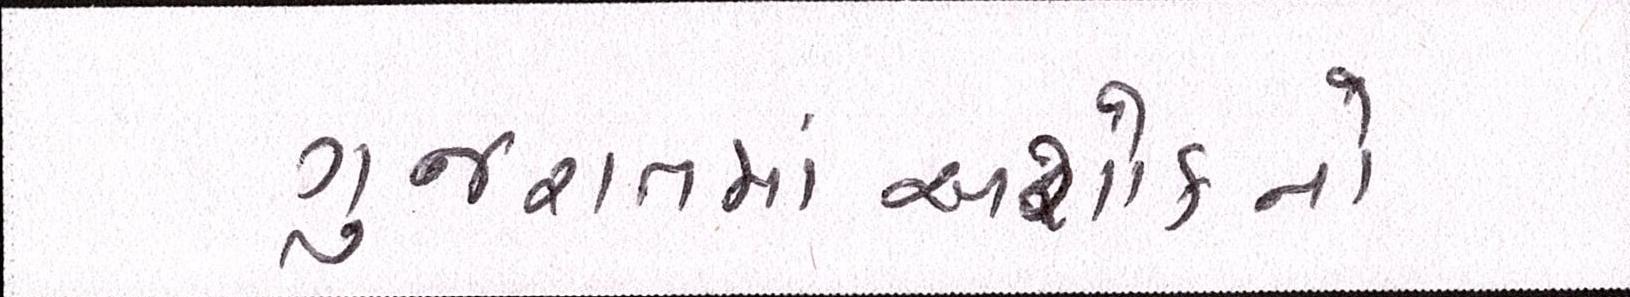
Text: ગુજરાતમાંઅશોકનો